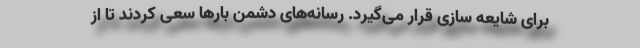
برای شایعه سازی قرار می‌گیرد. رسانه‌های دشمن بارها سعی کردند تا از